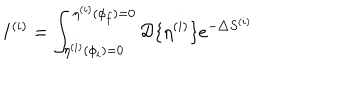
I ^ { ( i ) } = \int _ { \eta ^ { ( i ) } ( \phi _ { i } ) = 0 } ^ { \eta ^ { ( i ) } ( \phi _ { f } ) = 0 } { \cal D } \{ \eta ^ { ( i ) } \} e ^ { - \triangle S ^ { ( i ) } }